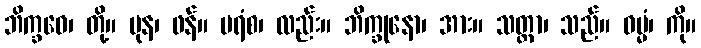
ဘိက္ခဝေ၊ တို့။ ပုန၊ ဖန်။ ပရံစ၊ လည်း။ ဘိက္ခုနော၊ အား။ သတ္ထာ၊ သည်။ ဓမ္မံ၊ ကို။